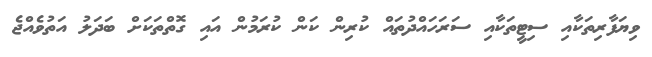
ވިޔަފާރިތަކާއި ސިޓީތަކާއި ސަރަހައްދުތައް ކުރިން ކަން ކުރަމުން އައި ގޮތްތަކަށް ބަދަލު އަތުވެއްޖެ